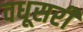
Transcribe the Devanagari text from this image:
वधूसरी